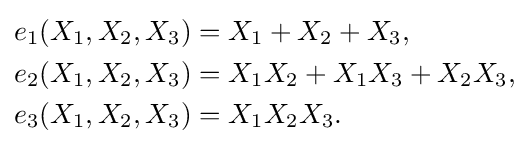
{\begin{aligned}e_{1}(X_{1},X_{2},X_{3})&=X_{1}+X_{2}+X_{3},\\e_{2}(X_{1},X_{2},X_{3})&=X_{1}X_{2}+X_{1}X_{3}+X_{2}X_{3},\\e_{3}(X_{1},X_{2},X_{3})&=X_{1}X_{2}X_{3}.\,\\\end{aligned}}